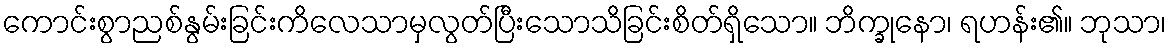
ကောင်းစွာညစ်နွမ်းခြင်းကိလေသာမှလွတ်ပြီးသောသိခြင်းစိတ်ရှိသော။ ဘိက္ခုနော၊ ရဟန်း၏။ ဘုသာ၊